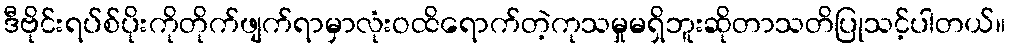
ဒီဗိုင်းရပ်စ်ပိုးကိုတိုက်ဖျက်ရာမှာလုံးဝထိရောက်တဲ့ကုသမှုမရှိဘူးဆိုတာသတိပြုသင့်ပါတယ်။